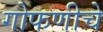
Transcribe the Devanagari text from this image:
गोफणीचे